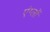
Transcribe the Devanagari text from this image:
एंग्लों